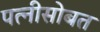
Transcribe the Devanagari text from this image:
पत्नीसोबत